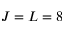
J = L = 8